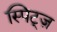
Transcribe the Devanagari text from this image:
स्पिट्ज़